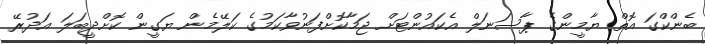
ބެންކްގަ އޮތް ޔާމީންގެ ޕާސަނަލް އެކައުންޓަށް ޖަމާކޮށްފަނުވާކަމުގެ ކަލޭމެން ޔަގީން ކޮށްދީބަލަ އަދުރޭ